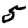
Digit: 5